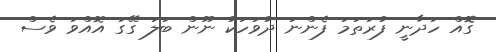
ގޮެއް ހަދާނީ ފުރަތަމަ ފެންނަ ދުވަހަކު ނޫން ބަލަ ގޭގަ އޮއްވަ ވެސް